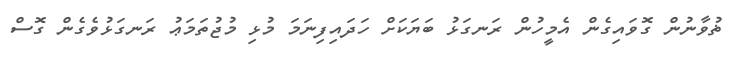
ޡުވާނުން ގޮވައިގެން އެމީހުން ރަނގަޅު ބަޔަކަށް ހަދައިފިނަމަ މުޅި މުޖުތަމަޢު ރަނގަޅުވެގެން ގޮސް